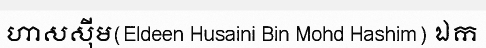
ហាសស៊ីម(Eldeen Husaini Bin Mohd Hashim) ឯក